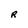
Character: R